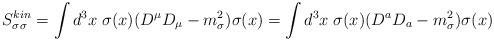
LaTeX: \begin{align*}S^{kin}_{\sigma\sigma} = \int d^3 x \; \sigma(x) ( D^\mu D_\mu -m_\sigma^2 ) \sigma(x) = \int d^3 x \; \sigma(x) (D^a D_a - m_\sigma^2) \sigma(x)\end{align*}